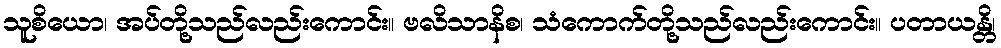
သူစိယော၊ အပ်တို့သည်လည်းကောင်း။ ဗလိသာနိစ၊ သံကောက်တို့သည်လည်းကောင်း။ ပတာယန္တိ၊